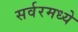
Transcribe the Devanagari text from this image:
सर्वरमध्ये